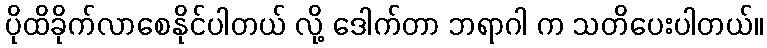
ပိုထိခိုက်လာစေနိုင်ပါတယ် လို့ ဒေါက်တာ ဘရာဂါ က သတိပေးပါတယ်။